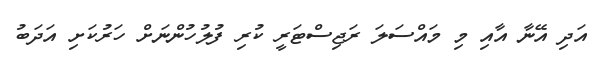
އަދި އޭނާ އާއި މި މައްސަލަ ރަޖިސްޓަރީ ކުރި ފުލުހުންނަށް ހަރުކަށި އަދަބު